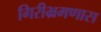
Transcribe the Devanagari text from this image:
गिरीभ्रमणास